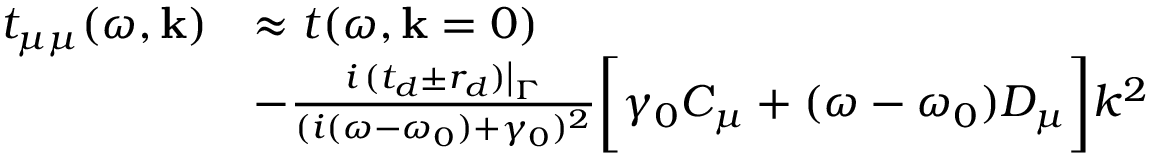
\begin{array} { r l } { t _ { \mu \mu } ( \omega , \mathbf { k } ) } & { \approx t ( \omega , \mathbf { k } = 0 ) } \\ & { - \frac { i \left. ( t _ { d } \pm r _ { d } ) \right| _ { \Gamma } } { ( i ( \omega - \omega _ { 0 } ) + \gamma _ { 0 } ) ^ { 2 } } \bigg [ \gamma _ { 0 } C _ { \mu } + ( \omega - \omega _ { 0 } ) D _ { \mu } \bigg ] k ^ { 2 } } \end{array}